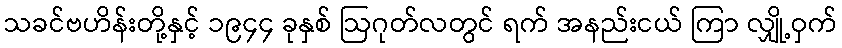
သခင်ဗဟိန်းတို့နှင့် ၁၉၄၄ ခုနှစ် ဩဂုတ်လတွင် ရက် အနည်းငယ် ကြာ လျှို့ဝှက်